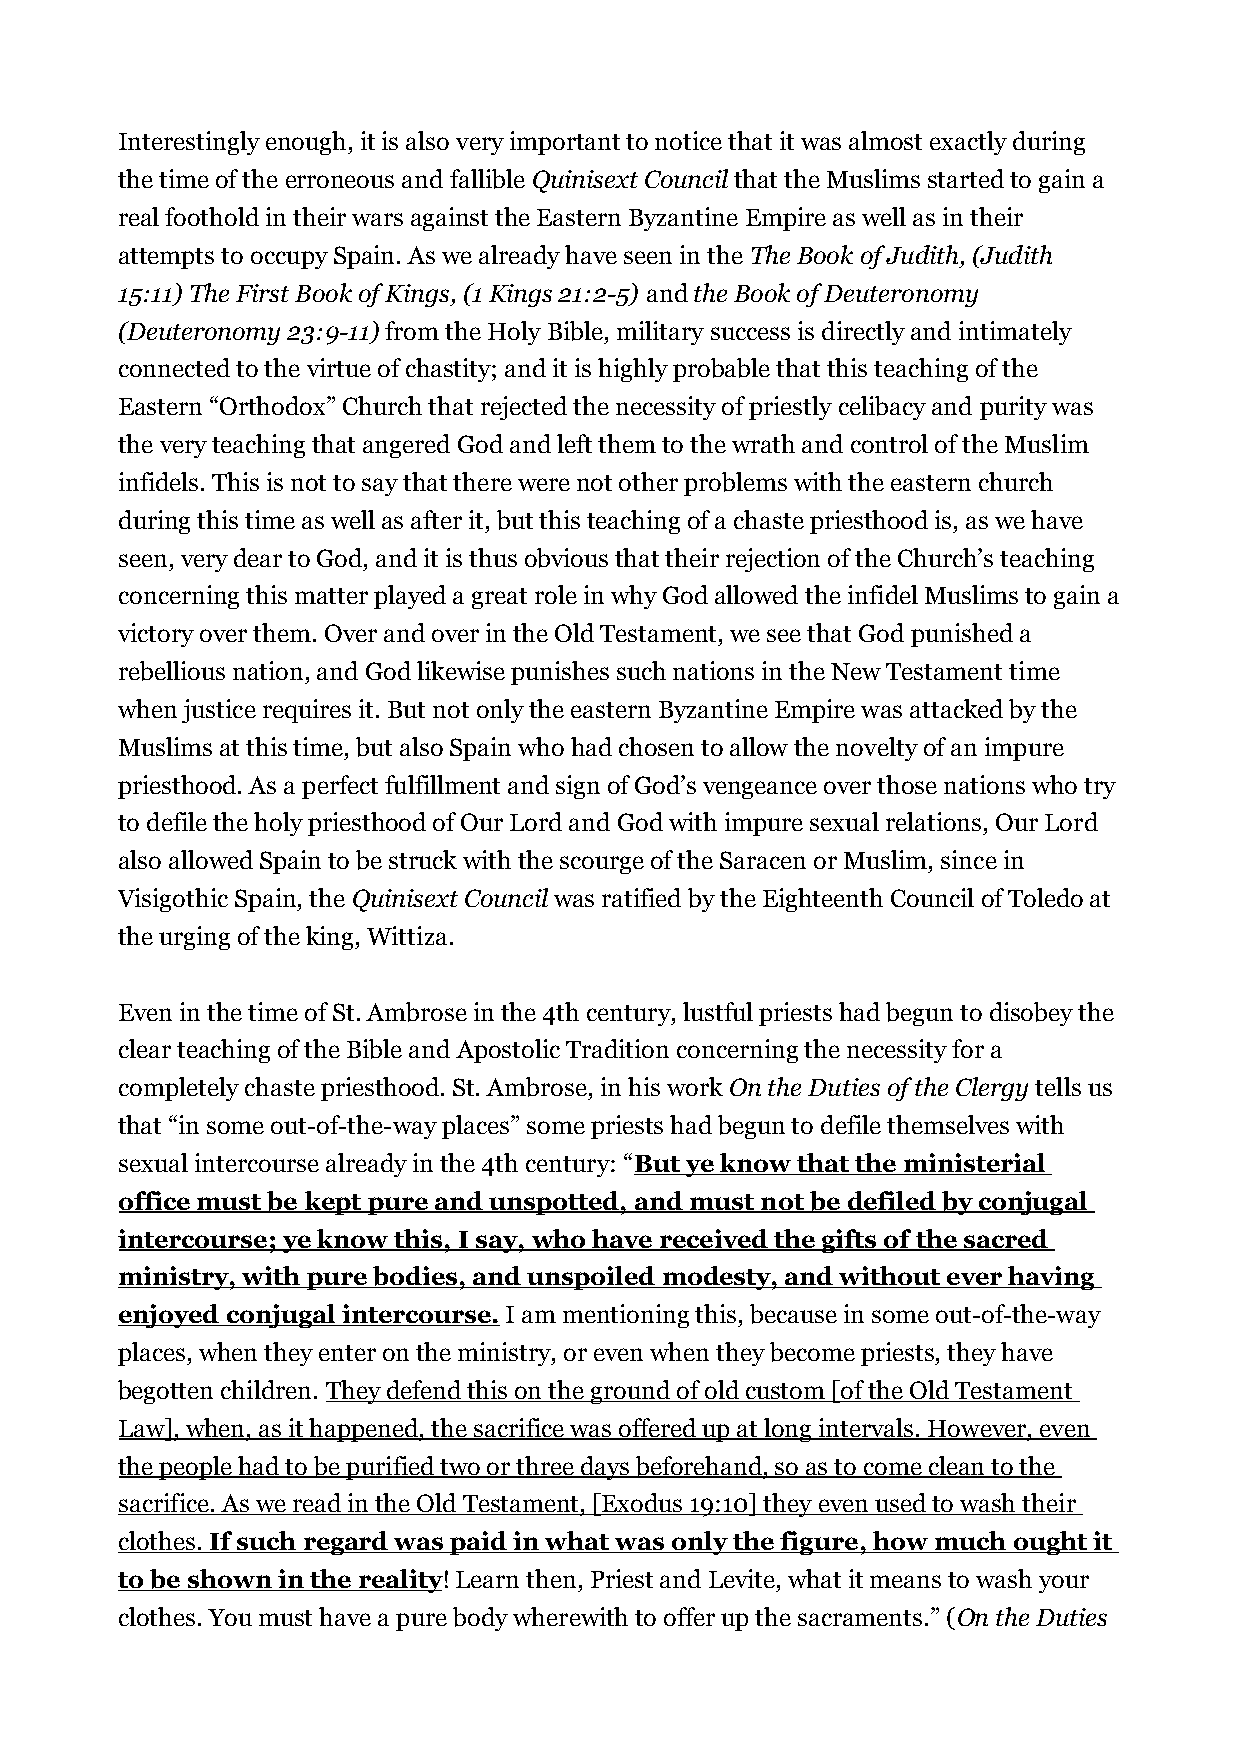
Interestingly enough, it is also very important to notice that it was almost exactly during
 the time of the erroneous and fallible Quinisext Council that the Muslims started to gain a
 real foothold in their wars against the Eastern Byzantine Empire as well as in their
 attempts to occupy Spain. As we already have seen in the The Book of Judith, (Judith
 15:11) The First Book of Kings, (1 Kings 21:2-5) and the Book of Deuteronomy
 (Deuteronomy 23:9-11) from the Holy Bible, military success is directly and intimately
 connected to the virtue of chastity; and it is highly probable that this teaching of the
 Eastern “Orthodox” Church that rejected the necessity of priestly celibacy and purity was
 the very teaching that angered God and left them to the wrath and control of the Muslim
 infidels. This is not to say that there were not other problems with the eastern church
 during this time as well as after it, but this teaching of a chaste priesthood is, as we have
 seen, very dear to God, and it is thus obvious that their rejection of the Church’s teaching
 concerning this matter played a great role in why God allowed the infidel Muslims to gain a
 victory over them. Over and over in the Old Testament, we see that God punished a
 rebellious nation, and God likewise punishes such nations in the New Testament time
 when justice requires it. But not only the eastern Byzantine Empire was attacked by the
 Muslims at this time, but also Spain who had chosen to allow the novelty of an impure
 priesthood. As a perfect fulfillment and sign of God’s vengeance over those nations who try
 to defile the holy priesthood of Our Lord and God with impure sexual relations, Our Lord
 also allowed Spain to be struck with the scourge of the Saracen or Muslim, since in
 Visigothic Spain, the Quinisext Council was ratified by the Eighteenth Council of Toledo at
 the urging of the king, Wittiza.
 Even in the time of St. Ambrose in the 4th century, lustful priests had begun to disobey the
 clear teaching of the Bible and Apostolic Tradition concerning the necessity for a
 completely chaste priesthood. St. Ambrose, in his work On the Duties of the Clergy tells us
 that “in some out-of-the-way places” some priests had begun to defile themselves with
 sexual intercourse already in the 4th century: “But ye know that the ministerial
 office must be kept pure and unspotted, and must not be defiled by conjugal
 intercourse; ye know this, I say, who have received the gifts of the sacred
 ministry, with pure bodies, and unspoiled modesty, and without ever having
 enjoyed conjugal intercourse. I am mentioning this, because in some out-of-the-way
 places, when they enter on the ministry, or even when they become priests, they have
 begotten children. They defend this on the ground of old custom [of the Old Testament
 Law], when, as it happened, the sacrifice was offered up at long intervals. However, even
 the people had to be purified two or three days beforehand, so as to come clean to the
 sacrifice. As we read in the Old Testament, [Exodus 19:10] they even used to wash their
 clothes. If such regard was paid in what was only the figure, how much ought it
 to be shown in the reality! Learn then, Priest and Levite, what it means to wash your
 clothes. You must have a pure body wherewith to offer up the sacraments.” (On the Duties